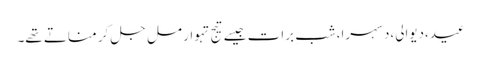
عید،دیوالی،دسہرا،شبِ برات جیسے تیج تہوار مل جل کر مناتے تھے۔